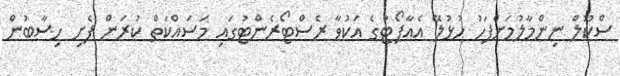
ސްކޫލް ނިންމާލުމަށްފަހު ހުޅުލޭ އެއާޕޯޓުގެ އަކުވާ ރެސްޓޯރެންޓުގައި މަސައްކަތް ކުރަން ފެށި ހިސާބުން